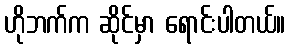
ဟိုဘက်က ဆိုင်မှာ ရောင်းပါတယ်။